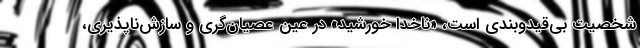
شخصیت بی‌قیدوبندی است، «ناخدا خورشید» در عین عصیان‌گری و سازش‌ناپذیری،